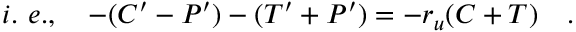
i . ~ e . , ~ ~ ~ - ( C ^ { \prime } - P ^ { \prime } ) - ( T ^ { \prime } + P ^ { \prime } ) = - r _ { u } ( C + T ) ~ ~ ~ .